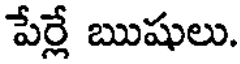
పేర్లే ఋషులు.